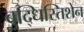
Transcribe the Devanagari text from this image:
बुद्धिस्तिशेन